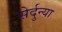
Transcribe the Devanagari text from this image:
सेर्दुन्या